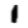
Digit: 1